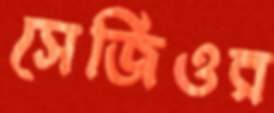
সের্জিওর